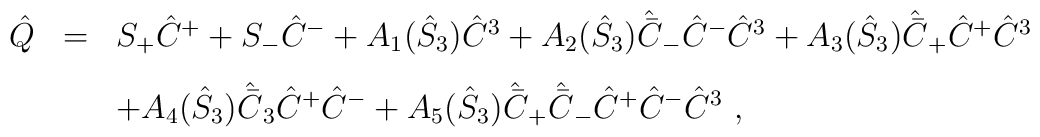
\begin{array}{rcl}\hat{Q}&=&S_+ \hat{C}^+ + S_- \hat{C}^- +A_1(\hat{S}_3)  \hat{C}^3+ A_2(\hat{S}_3)  \hat{\bar{C}}_- \hat{C}^- \hat{C}^3+A_3(\hat{S}_3)  \hat{\bar{C}}_+ \hat{C}^+ \hat{C}^3 \\[3mm]&&+A_4(\hat{S}_3)  \hat{\bar{C}}_3 \hat{C}^+ \hat{C}^- +A_5(\hat{S}_3)  \hat{\bar{C}}_+ \hat{\bar{C}}_- \hat{C}^+ \hat{C}^- \hat{C}^3{}~,\end{array}